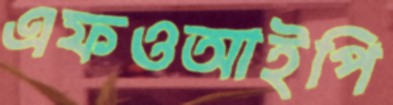
এফওআইপি